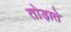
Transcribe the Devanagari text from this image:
तोड़ाते